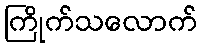
ကြိုက်သလောက်